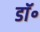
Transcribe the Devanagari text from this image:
डाॅ॰